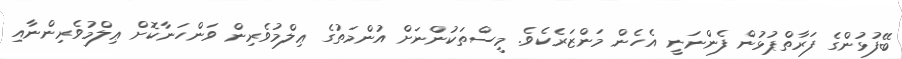
ބޭފުޅުންގެ ފަރާތްޕުޅުން ފެންނަނީ އެހެން މަންޒަރެކެވެ. މީސްތަކުންނަށް އުންމަތުގެ ޢިލްމުވެެރިން ވަންހަނާކޮށް ޢިލްމުވެރިންނާއި